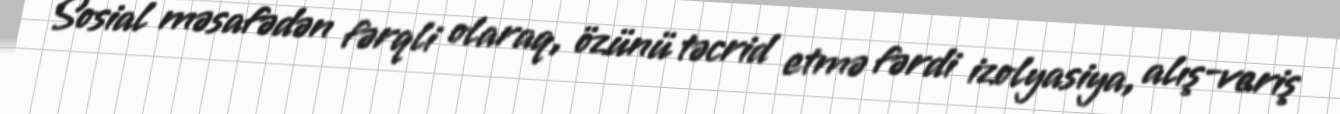
Sosial məsafədən fərqli olaraq, özünü təcrid etmə fərdi izolyasiya, alış-veriş